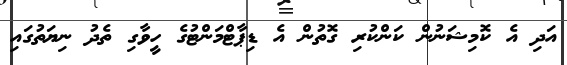
އަދި އެ ކޮމިޝަނުން ކަންކުރި ގޮތުން އެ ޑިޕާޓްމަންޓުގެ ހީވާގި ތެދު ނިޔަތުގައި